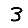
Digit: 3